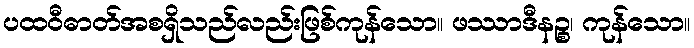
ပထဝီဓာတ်အစရှိသည်လည်းဖြစ်ကုန်သော။ ဖဿာဒီနဉ္စ၊ ကုန်သော။